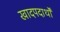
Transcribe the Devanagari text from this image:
खादपदार्थों